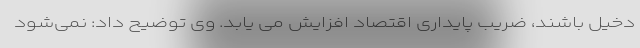
دخیل باشند، ضریب پایداری اقتصاد افزایش می یابد. وی توضیح داد: نمی‌شود